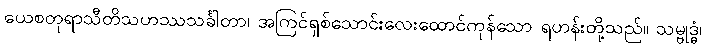
ယေစတုရာသီတိသဟဿသင်္ခါတာ၊ အကြင်ရှစ်သောင်းလေးထောင်ကုန်သော ရဟန်းတို့သည်။ သမ္ဗုဒ္ဓံ၊